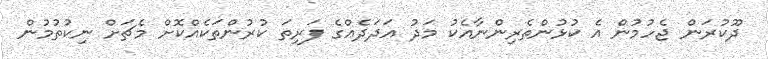
ދޫކުރަން ޖެހުމުން އެ ކުޅުންތެރިންނާއެކު މަދު އަދަދެއްގެ ފަރިތަ ކުރުންތަކެއްކޮށް މެޗަށް ނިކުތުމުން